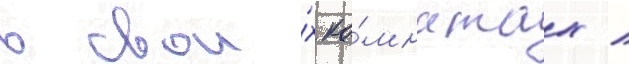
в свои́х ко́мнатах /